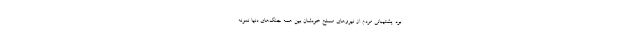
بود. پشتیبانی مردم از نیروهای مسلح خودشان بین همه جنگ‌های دنیا نمونه